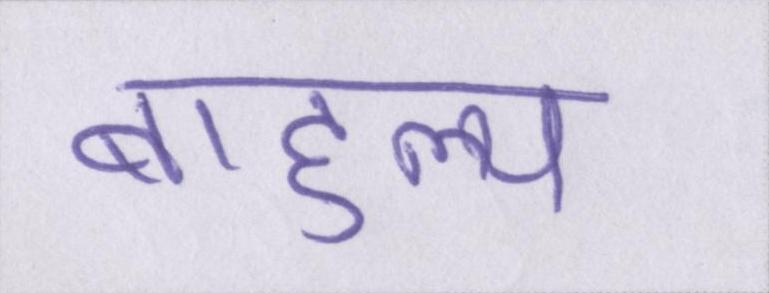
बाहुल्य